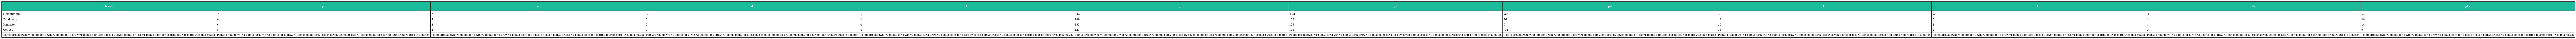
| team | p | w | d | l | pf | pa | pd | tf | tb | lb | pts |
 | --- | --- | --- | --- | --- | --- | --- | --- | --- | --- | --- | --- |
 | Nottingham | 6 | 4 | 0 | 2 | 167 | 128 | 39 | 21 | 3 | 1 | 20 |
 | Llandovery | 6 | 4 | 0 | 2 | 149 | 123 | 26 | 19 | 3 | 1 | 20 |
 | Doncaster | 6 | 2 | 0 | 4 | 132 | 123 | 9 | 16 | 2 | 4 | 14 |
 | Melrose | 6 | 2 | 0 | 4 | 121 | 195 | –74 | 15 | 1 | 0 | 9 |
 | Points breakdown: *4 points for a win *2 points for a draw *1 bonus point for a loss by seven points or less *1 bonus point for scoring four or more tries in a match | Points breakdown: *4 points for a win *2 points for a draw *1 bonus point for a loss by seven points or less *1 bonus point for scoring four or more tries in a match | Points breakdown: *4 points for a win *2 points for a draw *1 bonus point for a loss by seven points or less *1 bonus point for scoring four or more tries in a match | Points breakdown: *4 points for a win *2 points for a draw *1 bonus point for a loss by seven points or less *1 bonus point for scoring four or more tries in a match | Points breakdown: *4 points for a win *2 points for a draw *1 bonus point for a loss by seven points or less *1 bonus point for scoring four or more tries in a match | Points breakdown: *4 points for a win *2 points for a draw *1 bonus point for a loss by seven points or less *1 bonus point for scoring four or more tries in a match | Points breakdown: *4 points for a win *2 points for a draw *1 bonus point for a loss by seven points or less *1 bonus point for scoring four or more tries in a match | Points breakdown: *4 points for a win *2 points for a draw *1 bonus point for a loss by seven points or less *1 bonus point for scoring four or more tries in a match | Points breakdown: *4 points for a win *2 points for a draw *1 bonus point for a loss by seven points or less *1 bonus point for scoring four or more tries in a match | Points breakdown: *4 points for a win *2 points for a draw *1 bonus point for a loss by seven points or less *1 bonus point for scoring four or more tries in a match | Points breakdown: *4 points for a win *2 points for a draw *1 bonus point for a loss by seven points or less *1 bonus point for scoring four or more tries in a match | Points breakdown: *4 points for a win *2 points for a draw *1 bonus point for a loss by seven points or less *1 bonus point for scoring four or more tries in a match |